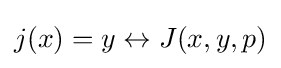
j(x)=y\leftrightarrow J(x,y,p)